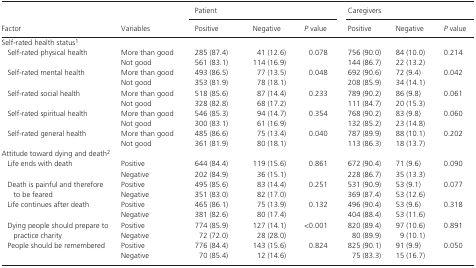
<table><thead><tr><td rowspan="2"><b>Factor</b></td><td rowspan="2"><b>Variables</b></td><td colspan="3"><b>Patient</b></td><td colspan="3"><b>Caregivers</b></td></tr><tr><td><b>Positive</b></td><td><b>Negative</b></td><td><b><i>P</i> value</b></td><td><b>Positive</b></td><td><b>Negative</b></td><td><b><i>P</i> value</b></td></tr></thead><tbody><tr><td colspan="8">Self‐rated health statusa</td></tr><tr><td rowspan="2">Self‐rated physical health</td><td>More than good</td><td>285 (87.4)</td><td>41 (12.6)</td><td>0.078</td><td>756 (90.0)</td><td>84 (10.0)</td><td>0.214</td></tr><tr><td>Not good</td><td>561 (83.1)</td><td>114 (16.9)</td><td></td><td>144 (86.7)</td><td>22 (13.2)</td><td></td></tr><tr><td rowspan="2">Self‐rated mental health</td><td>More than good</td><td>493 (86.5)</td><td>77 (13.5)</td><td>0.048</td><td>692 (90.6)</td><td>72 (9.4)</td><td>0.042</td></tr><tr><td>Not good</td><td>353 (81.9)</td><td>78 (18.1)</td><td></td><td>208 (85.9)</td><td>34 (14.1)</td><td></td></tr><tr><td rowspan="2">Self‐rated social health</td><td>More than good</td><td>518 (85.6)</td><td>87 (14.4)</td><td>0.233</td><td>789 (90.2)</td><td>86 (9.8)</td><td>0.061</td></tr><tr><td>Not good</td><td>328 (82.8)</td><td>68 (17.2)</td><td></td><td>111 (84.7)</td><td>20 (15.3)</td><td></td></tr><tr><td rowspan="2">Self‐rated spiritual health</td><td>More than good</td><td>546 (85.3)</td><td>94 (14.7)</td><td>0.354</td><td>768 (90.2)</td><td>83 (9.8)</td><td>0.060</td></tr><tr><td>Not good</td><td>300 (83.1)</td><td>61 (16.9)</td><td></td><td>132 (85.2)</td><td>23 (14.8)</td><td></td></tr><tr><td rowspan="2">Self‐rated general health</td><td>More than good</td><td>485 (86.6)</td><td>75 (13.4)</td><td>0.040</td><td>787 (89.9)</td><td>88 (10.1)</td><td>0.202</td></tr><tr><td>Not good</td><td>361 (81.9)</td><td>80 (18.1)</td><td></td><td>113 (86.3)</td><td>18 (13.7)</td><td></td></tr><tr><td colspan="8">Attitude toward dying and deathb</td></tr><tr><td rowspan="2">Life ends with death</td><td>Positive</td><td>644 (84.4)</td><td>119 (15.6)</td><td>0.861</td><td>672 (90.4)</td><td>71 (9.6)</td><td>0.090</td></tr><tr><td>Negative</td><td>202 (84.9)</td><td>36 (15.1)</td><td></td><td>228 (86.7)</td><td>35 (13.3)</td><td></td></tr><tr><td rowspan="2">Death is painful and therefore to be feared</td><td>Positive</td><td>495 (85.6)</td><td>83 (14.4)</td><td>0.251</td><td>531 (90.9)</td><td>53 (9.1)</td><td>0.077</td></tr><tr><td>Negative</td><td>351 (83.0)</td><td>82 (17.0)</td><td></td><td>369 (87.4)</td><td>53 (12.6)</td><td></td></tr><tr><td rowspan="2">Life continues after death</td><td>Positive</td><td>465 (86.1)</td><td>75 (13.9)</td><td>0.132</td><td>496 (90.4)</td><td>53 (9.6)</td><td>0.318</td></tr><tr><td>Negative</td><td>381 (82.6)</td><td>80 (17.4)</td><td></td><td>404 (88.4)</td><td>53 (11.6)</td><td></td></tr><tr><td rowspan="2">Dying people should prepare to practice charity</td><td>Positive</td><td>774 (85.9)</td><td>127 (14.1)</td><td>&lt;0.001</td><td>820 (89.4)</td><td>97 (10.6)</td><td>0.891</td></tr><tr><td>Negative</td><td>72 (72.0)</td><td>28 (28.0)</td><td></td><td>80 (89.9)</td><td>9 (10.1)</td><td></td></tr><tr><td rowspan="2">People should be remembered</td><td>Positive</td><td>776 (84.4)</td><td>143 (15.6)</td><td>0.824</td><td>825 (90.1)</td><td>91 (9.9)</td><td>0.050</td></tr><tr><td>Negative</td><td>70 (85.4)</td><td>12 (14.6)</td><td></td><td>75 (83.3)</td><td>15 (16.7)</td><td></td></tr></tbody></table>